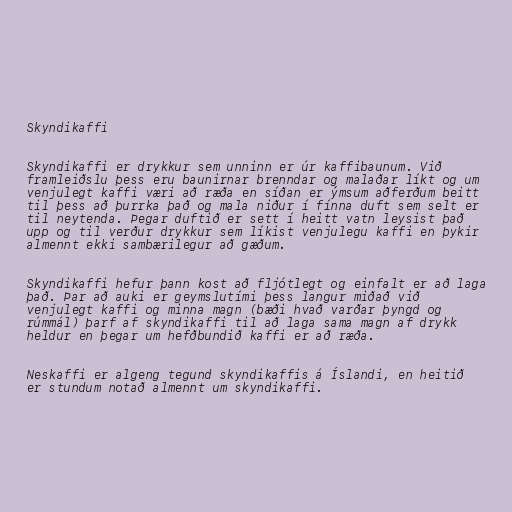
Skyndikaffi

Skyndikaffi er drykkur sem unninn er úr kaffibaunum. Við
framleiðslu þess eru baunirnar brenndar og malaðar líkt og um
venjulegt kaffi væri að ræða en síðan er ýmsum aðferðum beitt
til þess að þurrka það og mala niður í fínna duft sem selt er
til neytenda. Þegar duftið er sett í heitt vatn leysist það
upp og til verður drykkur sem líkist venjulegu kaffi en þykir
almennt ekki sambærilegur að gæðum.

Skyndikaffi hefur þann kost að fljótlegt og einfalt er að laga
það. Þar að auki er geymslutími þess langur miðað við
venjulegt kaffi og minna magn (bæði hvað varðar þyngd og
rúmmál) þarf af skyndikaffi til að laga sama magn af drykk
heldur en þegar um hefðbundið kaffi er að ræða.

Neskaffi er algeng tegund skyndikaffis á Íslandi, en heitið
er stundum notað almennt um skyndikaffi.